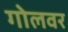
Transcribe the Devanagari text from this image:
गोलवर